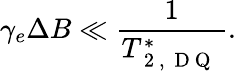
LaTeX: \gamma_{e}\Delta B\ll\frac{1}{T_{\mathrm{~2~,~\mathrm{~D~Q~}~}}^{*}}.